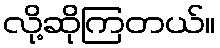
လို့ဆိုကြတယ်။